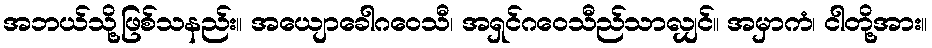
အဘယ်သို့ဖြစ်သနည်း။ အယျောခေါဂဝေသီ၊ အရှင်ဂဝေသီည်သာလျှင်။ အမှာကံ၊ ငါတို့အား။